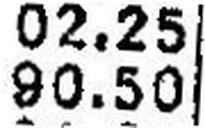
90.50